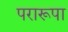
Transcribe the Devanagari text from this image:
परारूपा